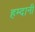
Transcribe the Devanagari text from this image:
हम्दानी